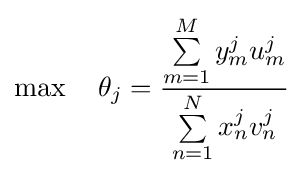
\max \quad \theta _{j}={\frac {\sum \limits _{m=1}^{M}y_{m}^{j}u_{m}^{j}}{\sum \limits _{n=1}^{N}x_{n}^{j}v_{n}^{j}}}